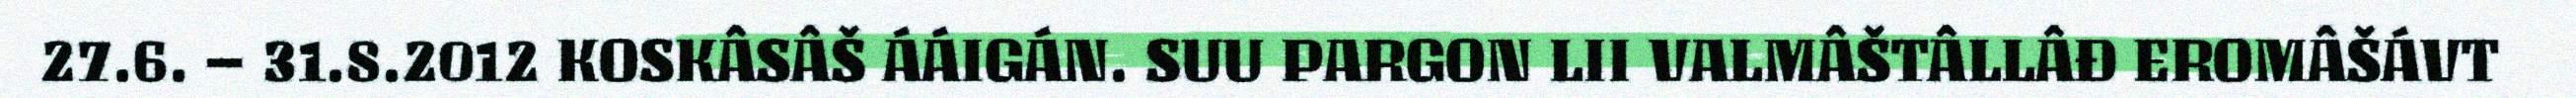
27.6. – 31.8.2012 KOSKÂSÂŠ ÁÁIGÁN. SUU PARGON LII VALMÂŠTÂLLÂĐ EROMÂŠÁVT